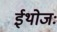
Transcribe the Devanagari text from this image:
ईथोजः